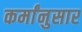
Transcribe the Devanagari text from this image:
कर्मांनुसार